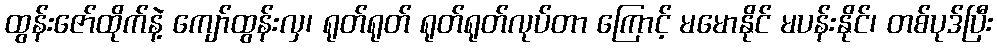
ထွန်းဇော်ထိုက်နဲ့ ကျော်ထွန်းလှ၊ ရုတ်ရုတ် ရုတ်ရုတ်လုပ်တာ ကြောင့် မမောနိုင် မပန်းနိုင်၊ တစ်ပုဒ်ပြီး